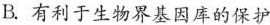
B.有利于生物界基因库的保护